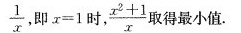
\frac { 1 } { x }$$ ，即$$x = 1$$时，$$\frac { x ^ { 2 } + 1 } { x }$$得最小值.